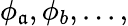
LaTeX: \phi_{\mathfrak{a}},\phi_{b},...,